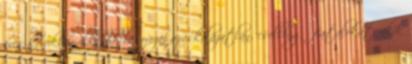
éves korukban elkezdik besorozni az iskolázatlan, csellengő fiatalokat, akik